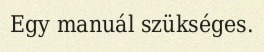
Egy manuál szükséges.